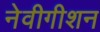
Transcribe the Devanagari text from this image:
नेवीगीशन